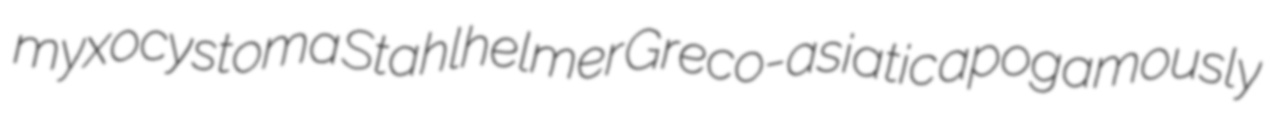
myxocystoma Stahlhelmer Greco-asiatic apogamously